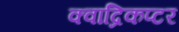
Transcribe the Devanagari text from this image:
क्वाद्रिकप्टर